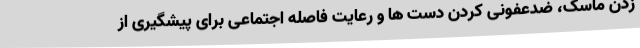
زدن ماسک، ضدعفونی کردن دست ها و رعایت فاصله اجتماعی برای پیشگیری از